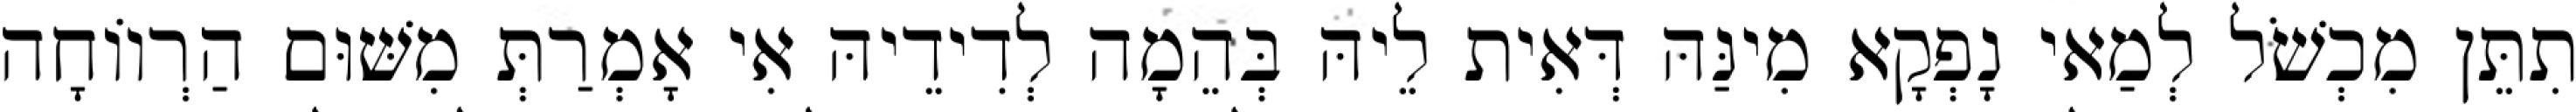
תִתֵּן מִכְשֹׁל לְמַאי נָפְקָא מִינַּהּ דְּאִית לֵיהּ בְּהֵמָה לְדִידֵיהּ אִי אָמְרַתְּ מִשּׁוּם הַרְווֹחָה